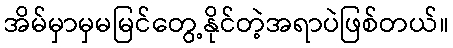
အိမ်မှာမှမမြင်တွေ့နိုင်တဲ့အရာပဲဖြစ်တယ်။